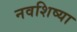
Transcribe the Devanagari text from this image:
नवशिष्या